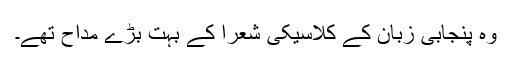
وہ پنجابی زبان کے کلاسیکی شعرا کے بہت بڑے مداح تھے۔